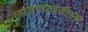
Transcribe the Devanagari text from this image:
लावण्यवतीला